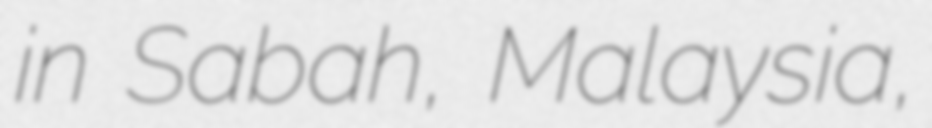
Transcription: in Sabah, Malaysia,